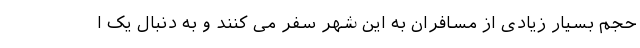
حجم بسیار زیادی از مسافران به این شهر سفر می کنند و به دنبال یک ا